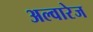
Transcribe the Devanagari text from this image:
अल्वारेज